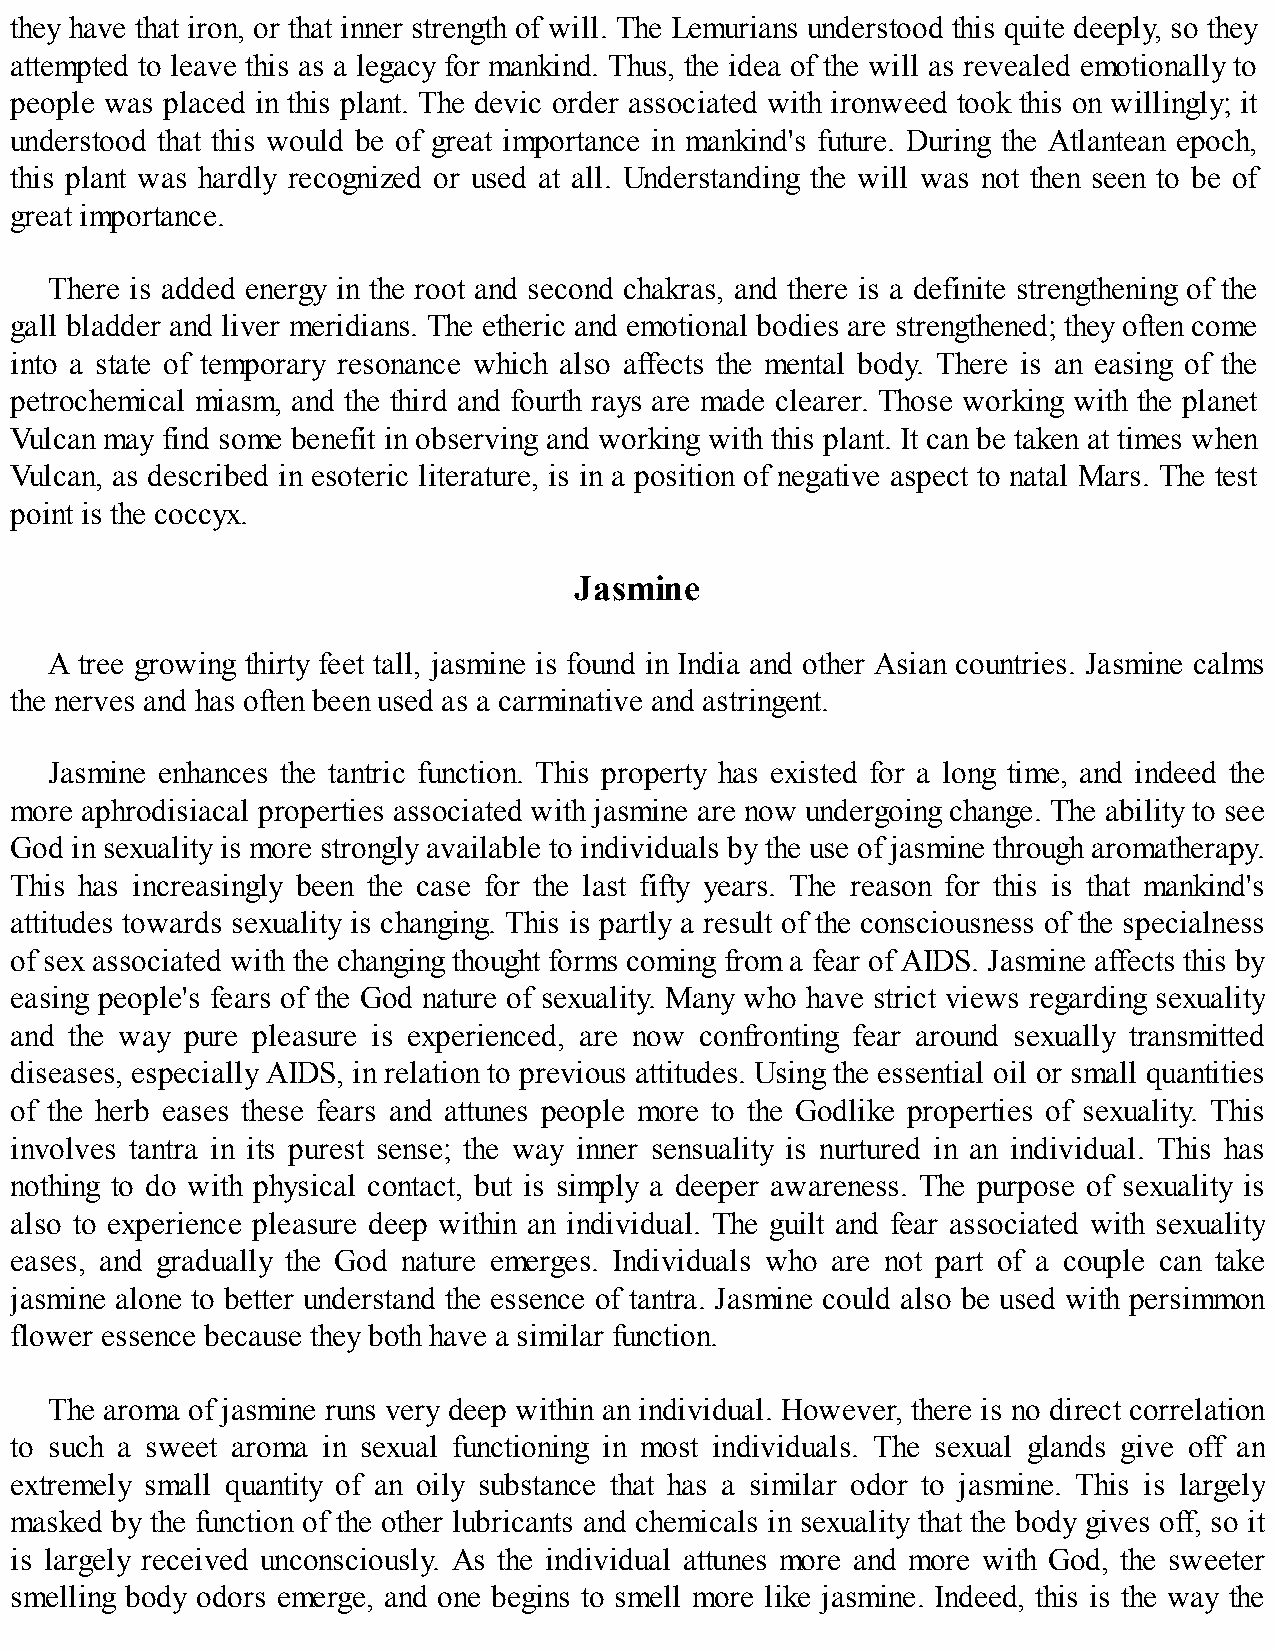
they have that iron, or that inner strength of will. The Lemurians understood this quite deeply, so they
 attempted to leave this as a legacy for mankind. Thus, the idea of the will as revealed emotionally to
 people was placed in this plant. The devic order associated with ironweed took this on willingly; it
 understood that this would be of great importance in mankind's future. During the Atlantean epoch,
 this plant was hardly recognized or used at all. Understanding the will was not then seen to be of
 great importance.
 There is added energy in the root and second chakras, and there is a definite strengthening of the
 gall bladder and liver meridians. The etheric and emotional bodies are strengthened; they often come
 into a state of temporary resonance which also affects the mental body. There is an easing of the
 petrochemical miasm, and the third and fourth rays are made clearer. Those working with the planet
 Vulcan may find some benefit in observing and working with this plant. It can be taken at times when
 Vulcan, as described in esoteric literature, is in a position of negative aspect to natal Mars. The test
 point is the coccyx.
 Jasmine
 A tree growing thirty feet tall, jasmine is found in India and other Asian countries. Jasmine calms
 the nerves and has often been used as a carminative and astringent.
 Jasmine enhances the tantric function. This property has existed for a long time, and indeed the
 more aphrodisiacal properties associated with jasmine are now undergoing change. The ability to see
 God in sexuality is more strongly available to individuals by the use of jasmine through aromatherapy.
 This has increasingly been the case for the last fifty years. The reason for this is that mankind's
 attitudes towards sexuality is changing. This is partly a result of the consciousness of the specialness
 of sex associated with the changing thought forms coming from a fear of AIDS. Jasmine affects this by
 easing people's fears of the God nature of sexuality. Many who have strict views regarding sexuality
 and the way pure pleasure is experienced, are now confronting fear around sexually transmitted
 diseases, especially AIDS, in relation to previous attitudes. Using the essential oil or small quantities
 of the herb eases these fears and attunes people more to the Godlike properties of sexuality. This
 involves tantra in its purest sense; the way inner sensuality is nurtured in an individual. This has
 nothing to do with physical contact, but is simply a deeper awareness. The purpose of sexuality is
 also to experience pleasure deep within an individual. The guilt and fear associated with sexuality
 eases, and gradually the God nature emerges. Individuals who are not part of a couple can take
 jasmine alone to better understand the essence of tantra. Jasmine could also be used with persimmon
 flower essence because they both have a similar function.
 The aroma of jasmine runs very deep within an individual. However, there is no direct correlation
 to such a sweet aroma in sexual functioning in most individuals. The sexual glands give off an
 extremely small quantity of an oily substance that has a similar odor to jasmine. This is largely
 masked by the function of the other lubricants and chemicals in sexuality that the body gives off, so it
 is largely received unconsciously. As the individual attunes more and more with God, the sweeter
 smelling body odors emerge, and one begins to smell more like jasmine. Indeed, this is the way the